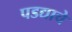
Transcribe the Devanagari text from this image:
पडद्याचे